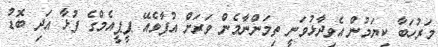
މަރުހަބާ ކިޔަމުން އެވިދާޅުވަނީ ތިމަންނާމެން ވަރަށް އުފާވެއޭ ޕީޕީއެމްގެ ފުޅާ އަދި ބޮޑު